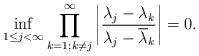
LaTeX: \begin{align*} \inf\limits_{1\leq j<\infty} \prod\limits_{k=1;k\neq j}^{\infty} \left|\frac{\lambda_j - \lambda_k}{\lambda_j - \overline{\lambda}_k}\right|=0.\end{align*}